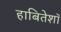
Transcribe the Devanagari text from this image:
हाबितेशॉ